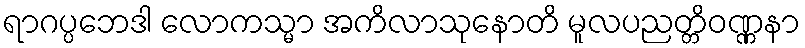
ရာဂပ္ပဘေဒါ လောကသ္မာ အကိလာသုနောတိ မူလပညတ္တိဝဏ္ဏနာ